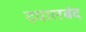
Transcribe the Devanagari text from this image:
दयालबंद